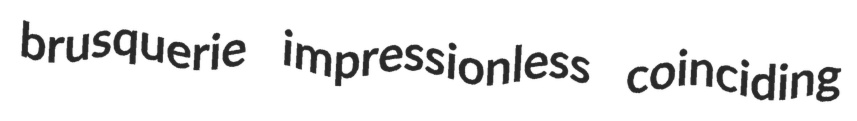
brusquerie impressionless coinciding